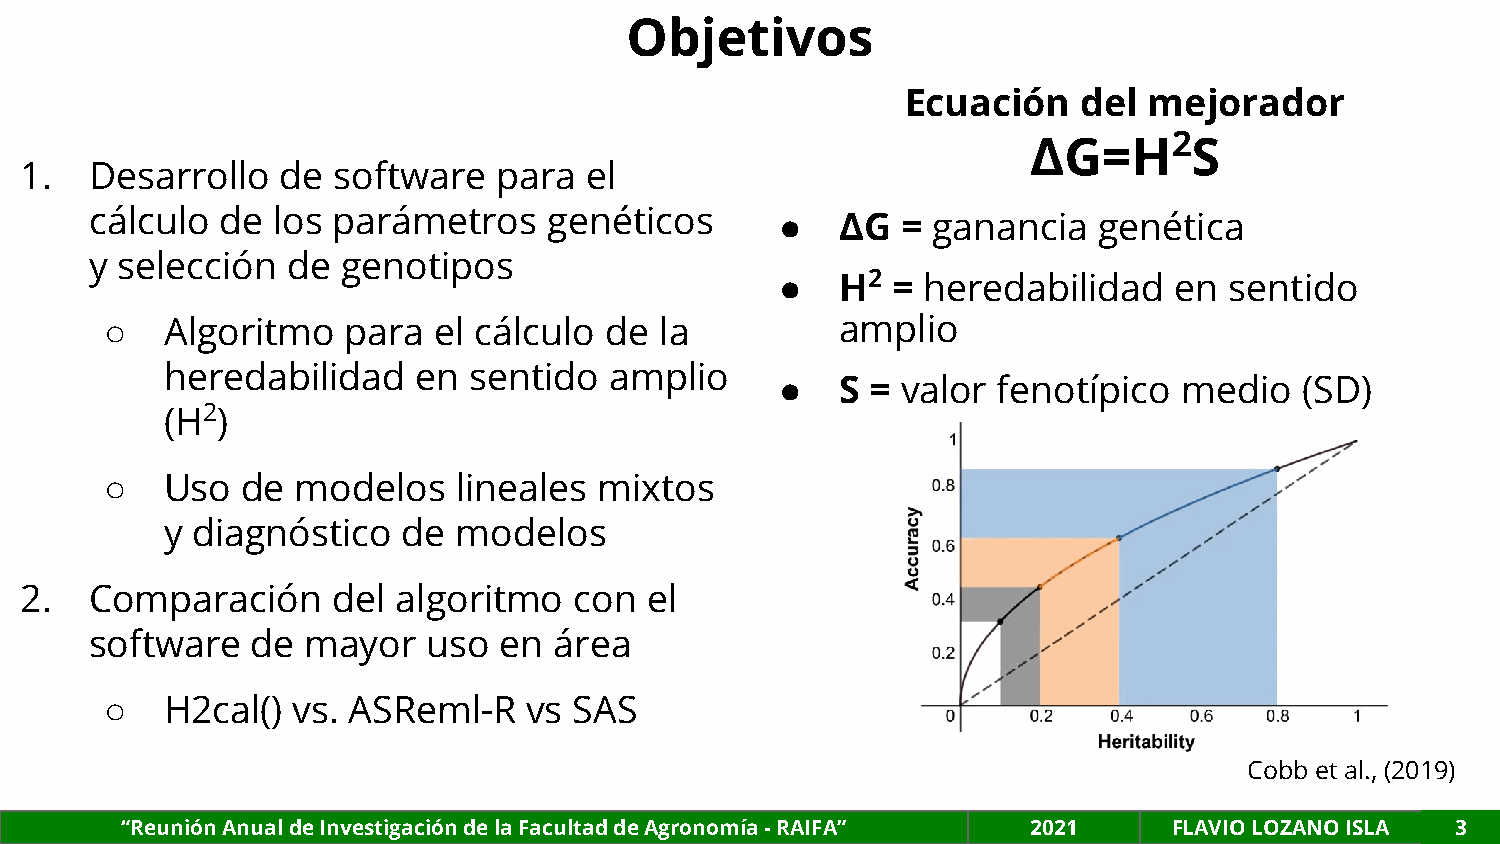
Objetivos
 Ecuación    del mejorador
 2
 ΔG=H       S
 1.   Desarrollo   de software   para  el
 cálculo  de los parámetros    genéticos       ●   ΔG  = ganancia   genética
 y selección  de  genotipos
 ●   H2 = heredabilidad    en sentido
 ○   Algoritmo   para  el cálculo de  la          amplio
 heredabilidad    en sentido  amplio
 ●   S = valor fenotípico  medio   (SD)
 (H2)
 ○   Uso  de  modelos   lineales  mixtos
 y diagnóstico   de modelos
 2.   Comparación     del algoritmo   con  el
 software   de mayor   uso  en  área
 ○   H2cal() vs. ASReml-R    vs SAS
 Cobb et al., (2019)
 “Reunión Anual de Investigación de la Facultad de Agronomía - RAIFA” 2021 FLAVIO LOZANO ISLA 3